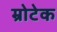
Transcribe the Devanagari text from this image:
म्रोटेक